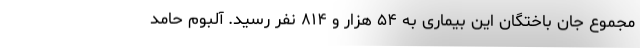
مجموع جان باختگان این بیماری به ۵۴ هزار و ۸۱۴ نفر رسید. آلبوم‌ حامد